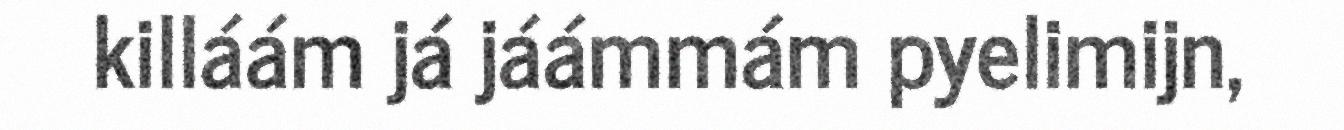
killáám já jáámmám pyelimijn,